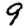
Digit: 9